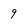
Character: 9